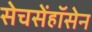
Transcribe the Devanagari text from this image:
सेचसेंहॉसेन